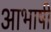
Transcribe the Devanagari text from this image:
आभाषी